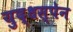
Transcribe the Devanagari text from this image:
युद्धस्पेन